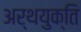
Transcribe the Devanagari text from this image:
अर्थयुक्ति